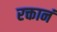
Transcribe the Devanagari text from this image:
रक्तानं